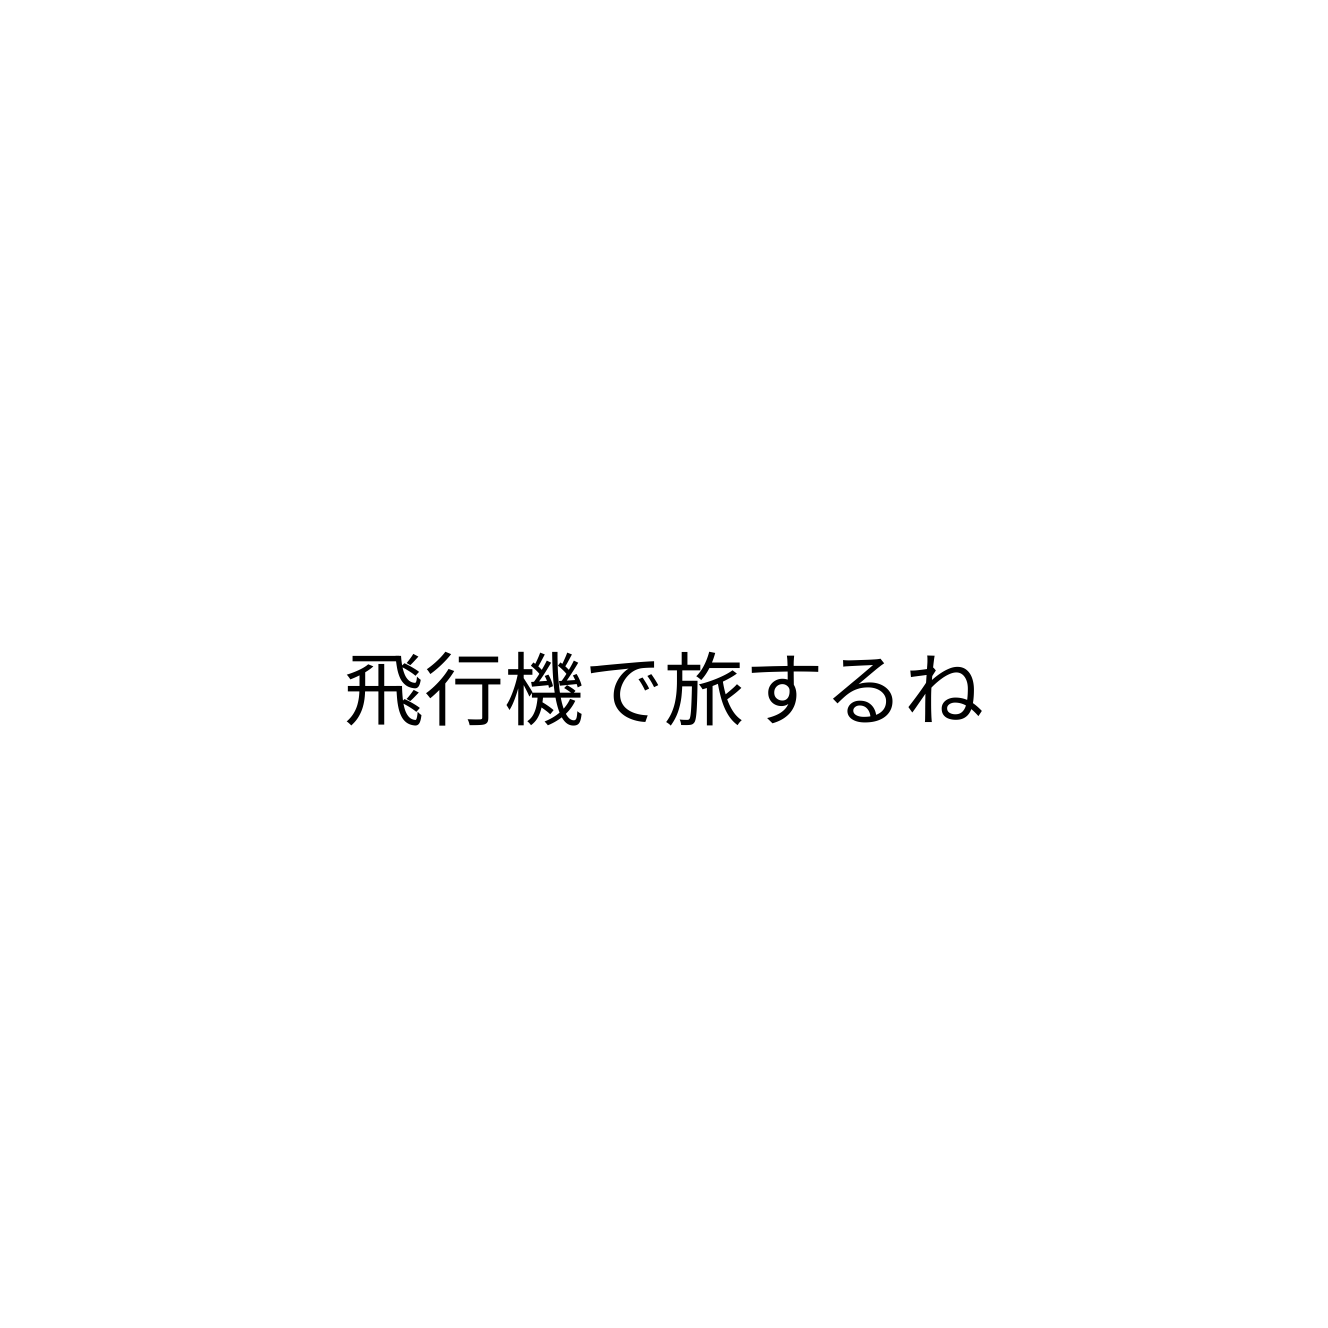
飛行機で旅するね